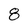
Character: 8